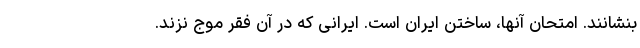
بنشانند. امتحان آنها، ساختن ایران است. ایرانی که در آن فقر موج نزند.